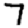
Digit: 7